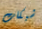
شبكات